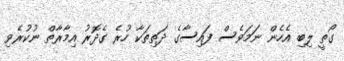
ގޯތީ ލިބި އެހެން ނަމަވެސް ފައިސާގެ ދަތިތަކާ ހުރެ ގެދޮރު އިމާރާތް ނުކުރެވި